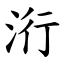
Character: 洐